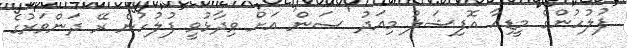
ފުލުހުންގެ މީޑިއާ އޮފިޝަލު މިއަދު 'ސަން' އަށް ވިދާޅުވީ ފުލުހުން ރޭ ދަންވަރުގެ